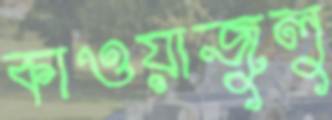
কাওয়াজুলু